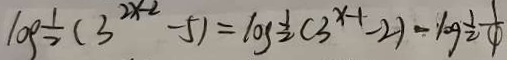
1 0 \rho \frac { 1 } { 2 } ( 3 ^ { 2 x - 2 } - 5 ) = 1 0 g \frac { 1 } { 2 } ( 3 ^ { x - 1 } - 2 ) - 1 0 g \frac { 1 } { 2 } \frac { 1 } { 4 }